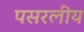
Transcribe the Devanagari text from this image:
पसरलीय